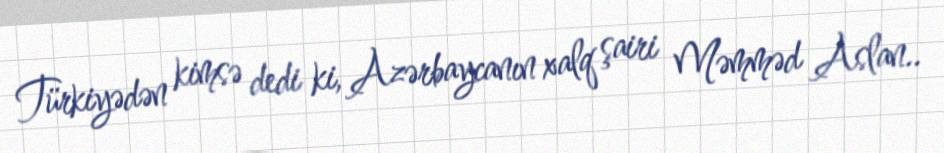
Türkiyədən kimsə dedi ki, Azərbaycanın xalq şairi Məmməd Aslan..